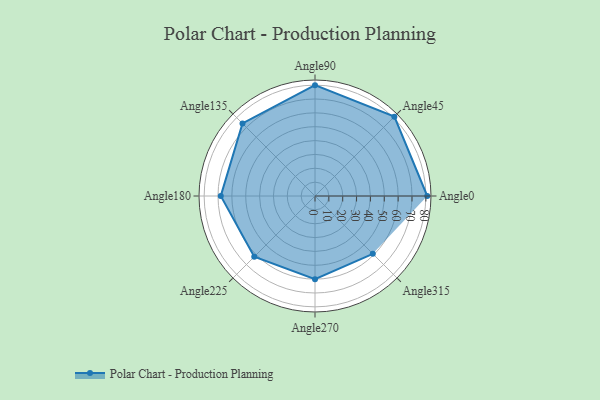
{"axis": {"x": "Angle", "y": "Radius"}, "legend": [""], "data": [{"x": "Angle0", "y": 81.0, "type": ""}, {"x": "Angle45", "y": 81.0, "type": ""}, {"x": "Angle90", "y": 80.0, "type": ""}, {"x": "Angle135", "y": 74.0, "type": ""}, {"x": "Angle180", "y": 68.0, "type": ""}, {"x": "Angle225", "y": 62.0, "type": ""}, {"x": "Angle270", "y": 60.0, "type": ""}, {"x": "Angle315", "y": 59.0, "type": ""}]}